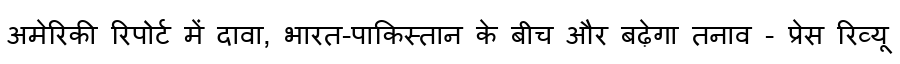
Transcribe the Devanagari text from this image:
अमेरिकी रिपोर्ट में दावा, भारत-पाकिस्तान के बीच और बढ़ेगा तनाव - प्रेस रिव्यू